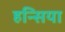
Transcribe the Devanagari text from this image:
हन्सिया